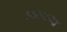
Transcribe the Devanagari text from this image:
१७४८च्या